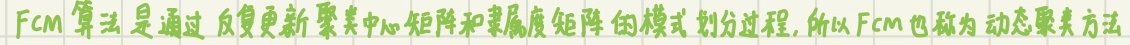
$Fcm$算法是通过反复更新聚类中心矩阵和隶属度矩阵的模式划分过程,所以$Fcm$也称为动态聚类方法